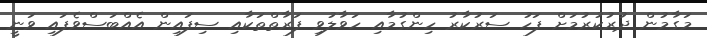
މަގާމުން ދުރުކުރުމަށް ފަހު ސަރުކާރު ހިންގުމާއި ހަވާލުވި ފަރާތްތަކާއި ސިފައިން އެއްބަސްވެފައި ވަނީ